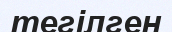
тегілген